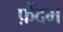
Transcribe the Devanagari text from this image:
फ़ैंदम